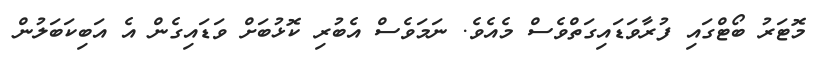
މޮޓަރު ބޯޓްގައި ފުރާވަޑައިގަތްވެސް މެއެވެ. ނަމަވެސް އެބުރި ކޮޅުބަށް ވަޑައިގެން އެ އަބިކަބަލުން